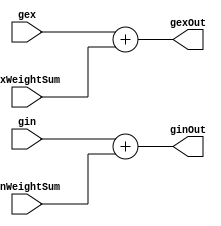
/*
-----------------------------------------------------
| Created on: 12.07.2018		            							
| Author: Saunak Saha				    
|                                                   
| Department of Electrical and Computer Engineering  
| Iowa State University                             
-----------------------------------------------------
*/



`timescale 1ns/1ns
module SynapticIntegrationUnit
#(
	parameter INTEGER_WIDTH = 16,
	parameter DATA_WIDTH_FRAC = 32,
	parameter DATA_WIDTH = INTEGER_WIDTH + DATA_WIDTH_FRAC
)
(
		
	

	input wire signed [(DATA_WIDTH-1):0] gex,
	input wire signed [(DATA_WIDTH-1):0] gin,

	input wire signed [(DATA_WIDTH-1):0] ExWeightSum,
	input wire signed [(DATA_WIDTH-1):0] InWeightSum,

	output wire signed [(DATA_WIDTH-1):0] gexOut,
	output wire signed [(DATA_WIDTH-1):0] ginOut
);



	//Combinational Computation
	assign gexOut = gex + ExWeightSum; 
	assign ginOut = gin + InWeightSum; 


	endmodule